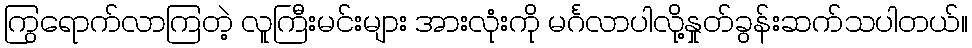
ကြွရောက်လာကြတဲ့ လူကြီးမင်းများ အားလုံးကို မင်္ဂလာပါလို့နှုတ်ခွန်းဆက်သပါတယ်။